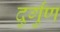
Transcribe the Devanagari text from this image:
दुर्गुंण